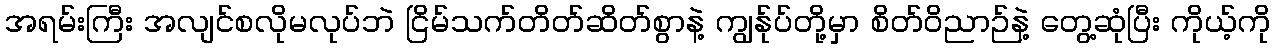
အရမ်းကြီး အလျင်စလိုမလုပ်ဘဲ ငြိမ်သက်တိတ်ဆိတ်စွာနဲ့ ကျွန်ုပ်တို့မှာ စိတ်ဝိညာဉ်နဲ့ တွေ့ဆုံပြီး ကိုယ့်ကို